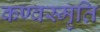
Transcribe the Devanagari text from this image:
कण्वस्मृति